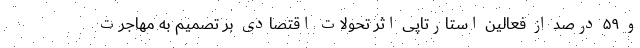
و ۵۹ درصد از فعالین استارتاپی اثر تحولات اقتصادی بر تصمیم به مهاجرت